Civil Veterinary Dept. Bombay admin report 1893-99 - 1893-1899
Year: 1893
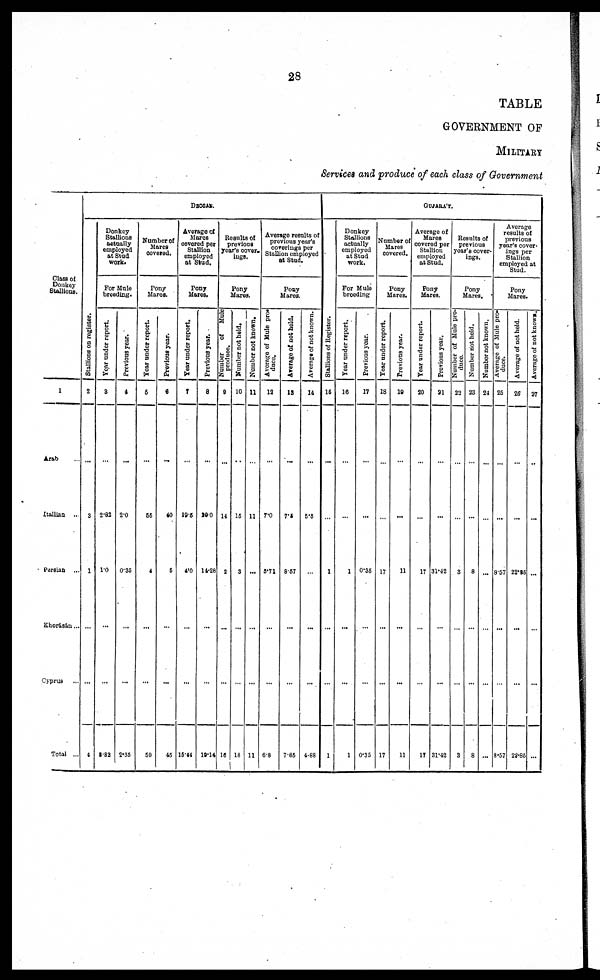
28
TABLE
GOVERNMENT OF
MILITARY
Services and produce of each class of Government
Class of
Donkey
Stallions.
1
Arab ...
Itallian ...
Parsian ...
Khorásán...
Cyprus ...
Total ...
DECCAN.
St al l
i
ons on register.
2
...
3
1
...
...
4
Donkey
Stallions
actually
employed
at Stud
work.
For Mule
breeding.
Year under report.
3
...
2.82
1.0
...
...
2.82
Previous year.
4
...
2.0
0.35
...
...
2.35
Number of
Mares
covered.
Pony
Mares.
Year under report.
5
...
66
4
...
...
59
Previous year.
6
...
40
6
...
...
45
Average of
Mares
covered per
Stallion
employed
at Stud.
Pony
Mares.
Year under report.
7
...
19 8
4.0
...
...
15.41
Previous year.
8
...
20.0
14.28
...
...
19.14
Results of
previous
year's cover-
ings.
Pony
Mares
Number of
Mule
produce.
9
...
14
2
...
...
16
Number not held.
10
...
16
3
...
...
18
Number not known.
11
...
11
...
...
...
11
Average results of
previous year's
coverings per
Stallion employed
at Stud.
Pony
Mares.
Average of Mule pro-
duce.
12
...
7.0
3.71
...
...
6.8
Average of not held.
19
...
7.5
887
...
...
7 85
Averags of not known.
14
...
5.8
...
...
...
4.88
GUJARAT
St al l
i
ons of Regi st er .
15
...
...
1
...
...
1
Donkey
Stallions
actually
employed
at Stud
work.
For Mule
breeding
Year under report.
16
...
...
1
...
...
1
Previous year.
17
...
...
0.35
...
...
0.35
Number of
Mares
covered.
Pony
Mares.
Year under report.
18
...
...
17
...
...
17
Previous year.
19
...
...
11
...
...
11
Average of
Mares
covered per
Stallion
employed
at Stud.
Pony
Mares.
Year under report.
20
...
...
17
...
...
17
Previous year.
31
...
...
31.42
...
...
31.42
Results of
previous
year's cover-
ings.
Pony
Mares.
Number of Mule pro-
duce.
22
...
...
3
...
...
3
Number not held.
23
...
...
8
...
...
8
Number not known.
24
...
...
...
...
...
...
Average
results of
previous
year's cover-
ings per
Stallion
employed at
Stud.
Pony
Mares.
Average of Mule pro-
duce.
25
...
...
8.57
...
...
8.57
Average of not held.
25
...
...
22.85
...
...
22.85
Average of not known.
27
...
...
...
...
...
...